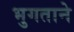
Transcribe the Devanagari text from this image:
भुगताने